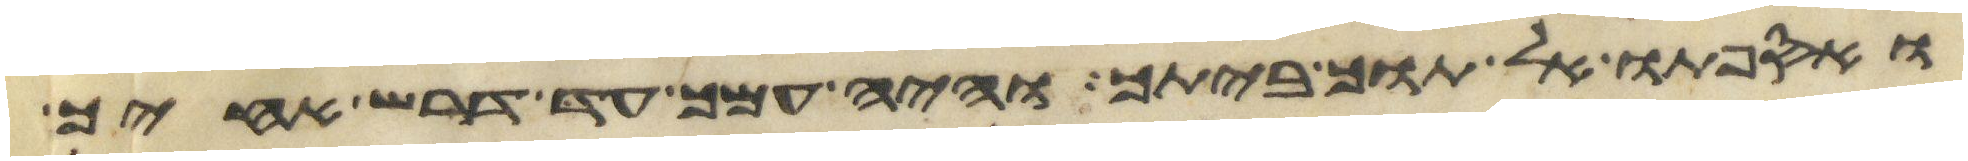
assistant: ואספתו אל תוך ביתך והיה עמך עד דרש אחיך